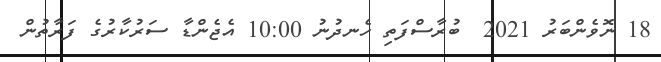
18 ނޮވެންބަރު 2021  ބުރާސްފަތި ހެނދުނު 10:00 އެޖެންޑާ ސަރުކާރުގެ ފަރާތުން